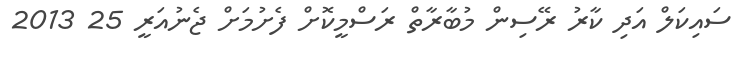
ސައިކަލް އަދި ކާރު ރޭސިން މުބާރާތް ރަސްމީކޮށް ފެށުމަށް ޖެނުއަރީ 25 2013